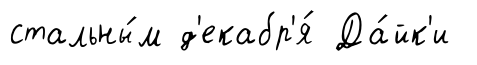
стальны́м д'екабр'я́ Да́йк'и